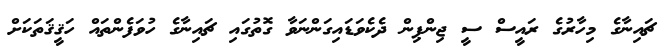
ޗައިނާގެ މިހާރުގެ ރައީސް ސީ ޖިންޕިން ދެކެވަޑައިގަންނަވާ ގޮތުގައި ޗައިނާގެ ހުވަފެންތައް ހަޤީޤަތަކަށް